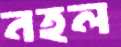
নহল